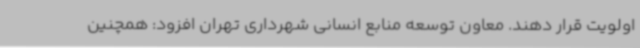
اولویت قرار دهند. معاون توسعه منابع انسانی شهرداری تهران افزود: همچنین